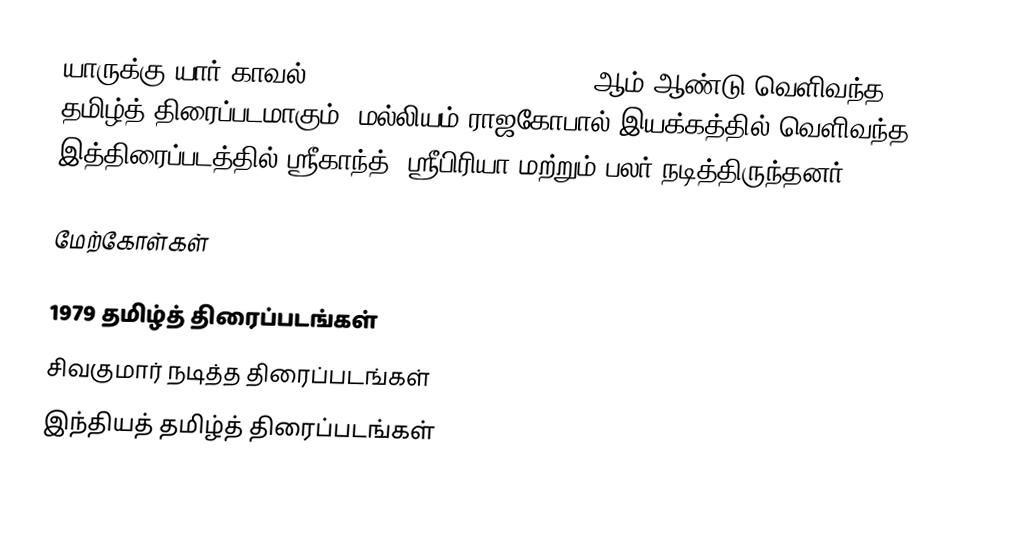
யாருக்கு யார் காவல் (Yaarukku Yaar Kaaval) 1979 ஆம் ஆண்டு வெளிவந்த தமிழ்த் திரைப்படமாகும். மல்லியம் ராஜகோபால் இயக்கத்தில் வெளிவந்த இத்திரைப்படத்தில் ஸ்ரீகாந்த், ஸ்ரீபிரியா மற்றும் பலர் நடித்திருந்தனர்.

மேற்கோள்கள்

1979 தமிழ்த் திரைப்படங்கள்
சிவகுமார் நடித்த திரைப்படங்கள்
இந்தியத் தமிழ்த் திரைப்படங்கள்